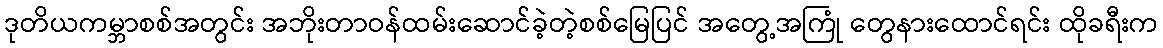
ဒုတိယကမ္ဘာစစ်အတွင်း အဘိုးတာဝန်ထမ်းဆောင်ခဲ့တဲ့စစ်မြေပြင် အတွေ့အကြုံ တွေနားထောင်ရင်း ထိုခရီးက